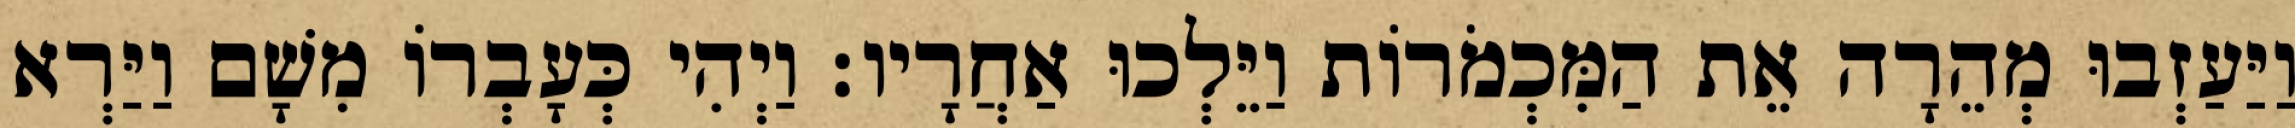
וַיַּעַזְבוּ מְהֵרָה אֵת הַמִּכְמֹרוֹת וַיֵּלְכוּ אַחֲרָיו׃ וַיְהִי כְּעָבְרוֹ מִשָׁם וַיַּרְא